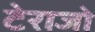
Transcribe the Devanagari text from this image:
टेराजो